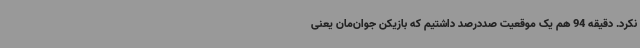
نکرد. دقیقه 94 هم یک موقعیت صددرصد داشتیم که بازیکن جوان‌مان یعنی